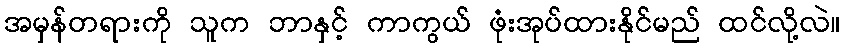
အမှန်တရားကို သူက ဘာနှင့် ကာကွယ် ဖုံးအုပ်ထားနိုင်မည် ထင်လို့လဲ။